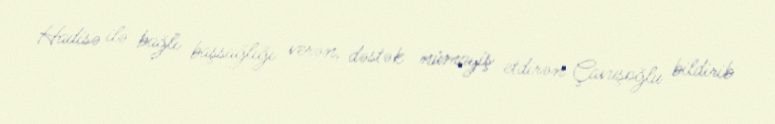
Hadisə ilə bağlı başsağlığı verən, dəstək nümayiş etdirən Çavuşoğlu bildirib